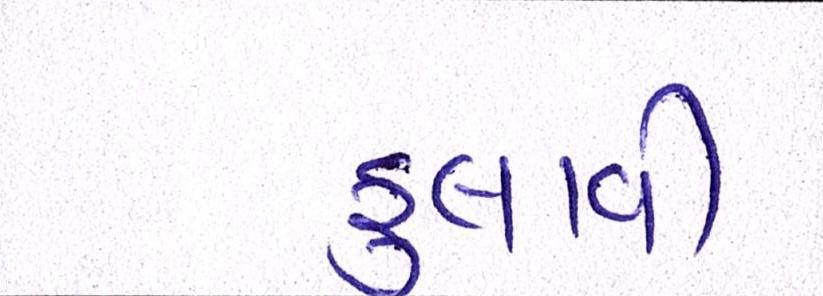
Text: ફુલાવી